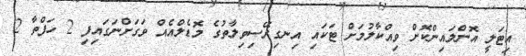
އިޓަލީ އޮންލައިންކޮށް ވިއްކާލުމަށް ޓަކައި އިނގިރޭސިވިލާތުގެ މޮޑެލްއެއް ވަގަށްނަގައިފި 2 ހަފްތާ 2